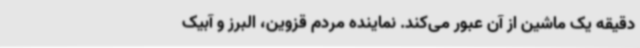
دقیقه یک ماشین از آن عبور می‌کند. نماینده مردم قزوین، البرز و آبیک